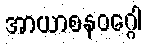
အာယာစနဝဂ္ဂေါ